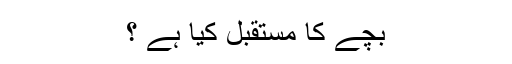
بچے کا مستقبل کیا ہے ؟